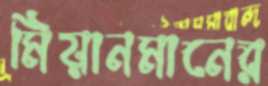
মিয়ানমানের